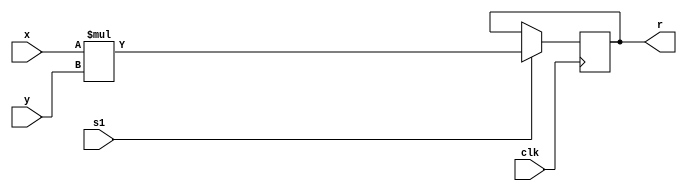
`timescale 1ns/1ns



module test4(input [7:0] x, y, input clk, s1,  output reg [7:0] r);
    
    always @(posedge clk)
    begin
        begin
            if(s1)
                r<=x*y;
        end


    end
            
endmodule